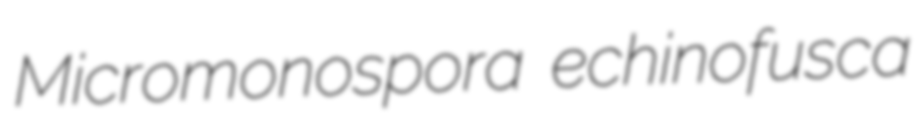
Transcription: Micromonospora echinofusca